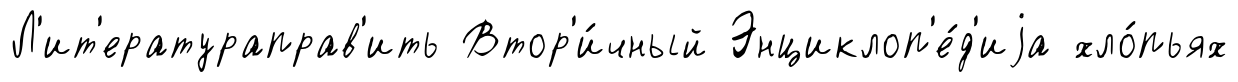
Л'ит'ератураправ'ить Втор'и́чный Энциклоп'е́д'иjа хло́пьях